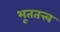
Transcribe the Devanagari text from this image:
भूततत्त्व